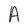
Character: A